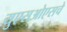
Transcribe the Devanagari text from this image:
युएसओएसचे